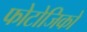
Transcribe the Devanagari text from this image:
फोटोजिको